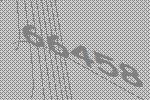
66458